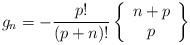
LaTeX: \begin{align*}g_{n}=-\frac{p!}{\left(p+n\right)!}\left\{ \begin{array}{c}n+p\\p\end{array}\right\} \end{align*}